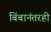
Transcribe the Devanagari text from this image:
बिंबानंतरही